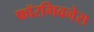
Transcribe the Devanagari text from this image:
फॉरगिवनेस